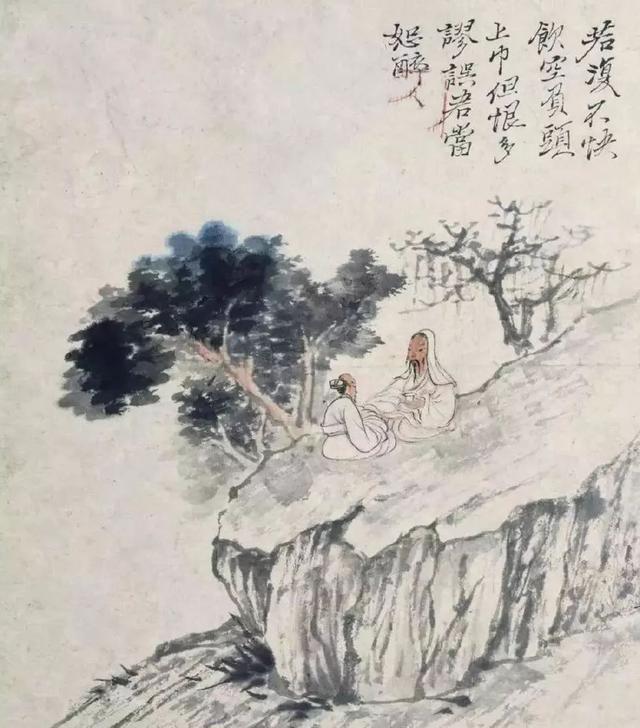
漉我新熟酒，只鸡招近局。